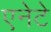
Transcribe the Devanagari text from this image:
एनेटे